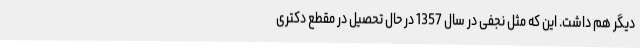
دیگر هم داشت. این که مثل نجفی در سال 1357 در حال تحصیل در مقطع دکتری